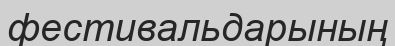
фестивальдарының